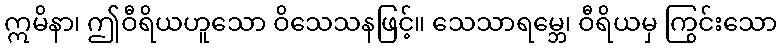
ဣမိနာ၊ ဤဝီရိယဟူသော ဝိသေသနဖြင့်။ သေသာရမ္ဘေ၊ ဝီရိယမှ ကြွင်းသော